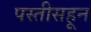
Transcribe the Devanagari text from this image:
पस्‍तीसहून